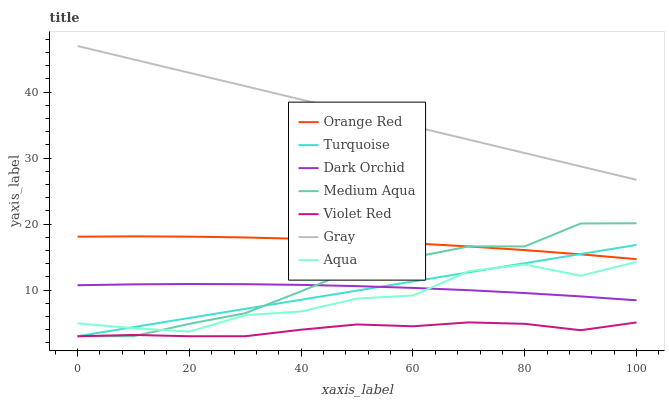
| xaxis_label | Orange Red | Turquoise | Dark Orchid | Medium Aqua | Violet Red | Gray | Aqua |
 | --- | --- | --- | --- | --- | --- | --- | --- |
 | 0 | 18.1 | 3 | 10.7 | 3 | 3 | 47 | 4.95 |
 | 10 | 18.1 | 4.38 | 10.9 | 3 | 3.2 | 45 | 4.22 |
 | 20 | 18.1 | 5.77 | 10.9 | 4.88 | 3 | 42.9 | 3.7 |
 | 30 | 18 | 7.15 | 10.9 | 6.49 | 3 | 40.9 | 6.21 |
 | 40 | 17.8 | 8.54 | 10.8 | 9.82 | 3.99 | 38.9 | 6.75 |
 | 50 | 17.5 | 9.92 | 10.6 | 13.3 | 4.79 | 36.9 | 8.72 |
 | 60 | 17.1 | 11.3 | 10.3 | 15 | 4.51 | 34.8 | 9.18 |
 | 70 | 16.6 | 12.7 | 9.98 | 16.6 | 5.1 | 32.8 | 12.9 |
 | 80 | 16.1 | 14.1 | 9.55 | 16.6 | 4.88 | 30.8 | 13.9 |
 | 90 | 15.4 | 15.5 | 9.04 | 20.1 | 3.92 | 28.7 | 12.2 |
 | 100 | 14.7 | 16.8 | 8.45 | 20.1 | 5.09 | 26.7 | 14.3 |